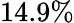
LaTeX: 14.9\%